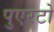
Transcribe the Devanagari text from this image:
पुएरटो